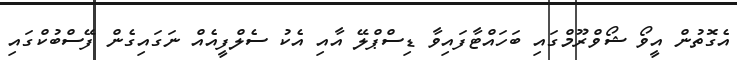
އެގޮތުން އީވޯ ޝޯވްރޫމްގައި ބަހައްޓާފައިވާ ޑިސްޕްލޭ އާއި އެކު ސެލްފީއެއް ނަގައިގެން ފޭސްބުކްގައި